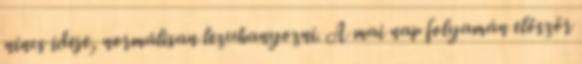
nincs ideje, normálisan lezuhanyozni. A mai nap folyamán először